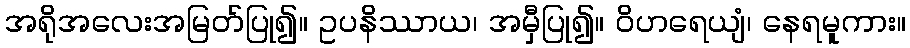
အရိုအလေးအမြတ်ပြု၍။ ဥပနိဿာယ၊ အမှီပြု၍။ ဝိဟရေယျံ၊ နေရမူကား။